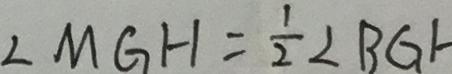
\angle M G H = \frac { 1 } { 2 } \angle B G